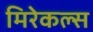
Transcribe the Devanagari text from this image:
मिरेकल्स